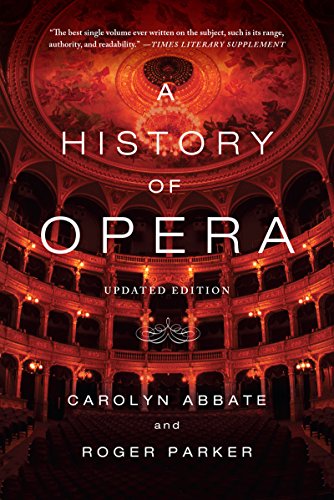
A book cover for A History of Opera; Carolyn Abbate; Arts & Photography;